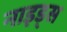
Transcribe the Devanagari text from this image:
नाइड्स